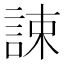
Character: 誎